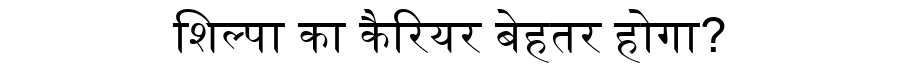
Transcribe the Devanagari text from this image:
शिल्पा का कैरियर बेहतर होगा?